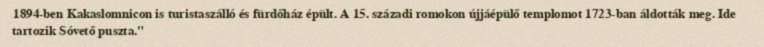
1894-ben Kakaslomnicon is turistaszálló és fürdőház épült. A 15. századi romokon újjáépülő templomot 1723-ban áldották meg. Ide tartozik Sóvető puszta."